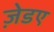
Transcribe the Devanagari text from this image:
ज़ेडए